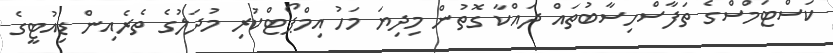
ކަސްޓަމްސްގެ ތަފާސްހިސާބުތައް ދައްކާ ގޮތުން މިދިޔަ މަހު އިމްޕޯޓްކުރި މުދަލުގެ ތެރެއިން ޑިއުޓީގެ